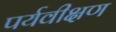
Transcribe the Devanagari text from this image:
पर्यवीक्षण